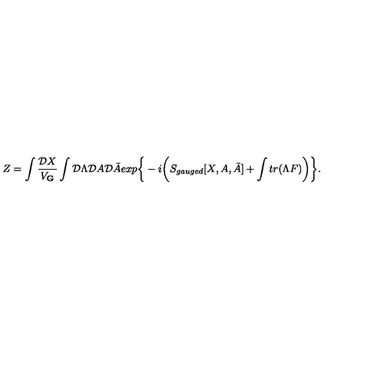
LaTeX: Z = \int { \frac { { \cal D } X } { V _ { \bf G } } } \int { \cal D } \Lambda { \cal D } A { \cal D } \bar { A } e x p \bigg \{ - i \bigg ( S _ { g a u g e d } [ X , A , \bar { A } ] + \int t r ( \Lambda F ) \bigg ) \bigg \} .